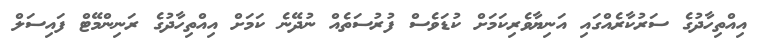
އިއްތިހާދުގެ ސަރުކާރެއްގައި އަނިޔާވެރިކަމަށް ކުޑަވެސް ފުރުސަތެއް ނުދޭނެ ކަަމަށް އިއްތިހާދުގެ ރަނިންމޭޓް ފައިސަލް